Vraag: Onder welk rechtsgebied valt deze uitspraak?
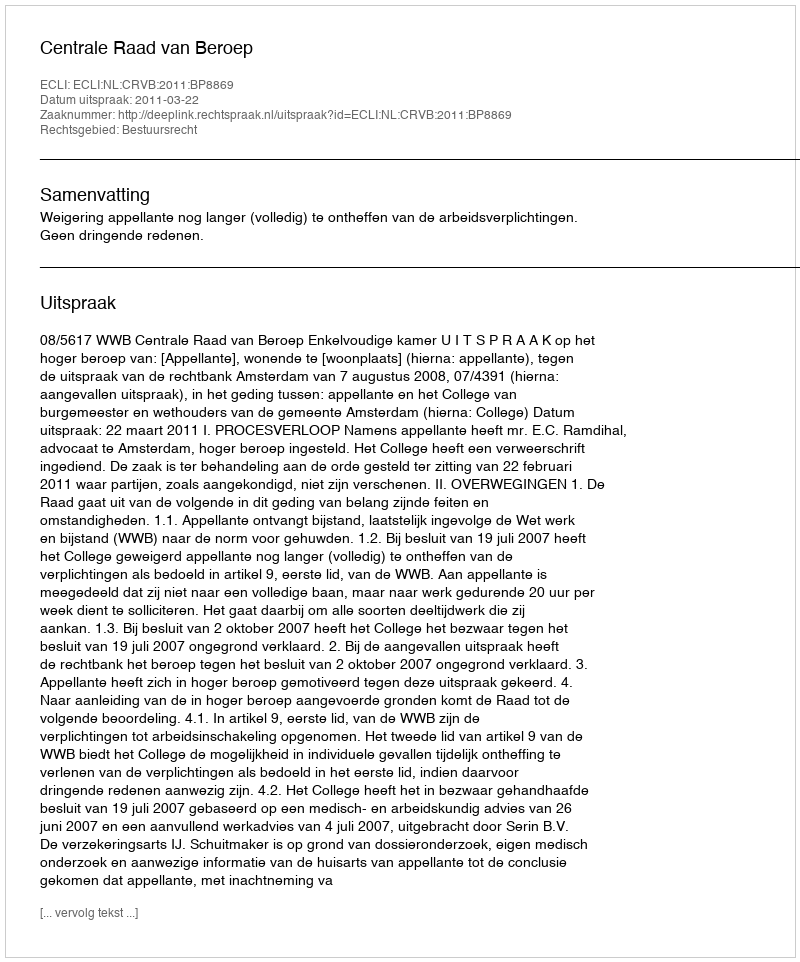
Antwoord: Bestuursrecht